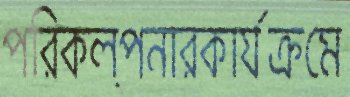
পরিকল্পনারকার্যক্রমে